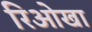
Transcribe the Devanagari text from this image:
रिओखा